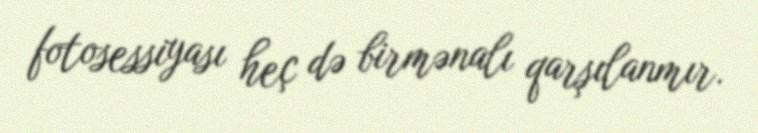
fotosessiyası heç də birmənalı qarşılanmır.